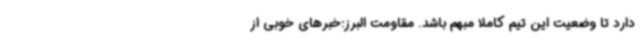
دارد تا وضعیت این تیم کاملا مبهم باشد. مقاومت البرز:خبرهای خوبی از